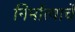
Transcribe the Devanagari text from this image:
निर्मात्याचे